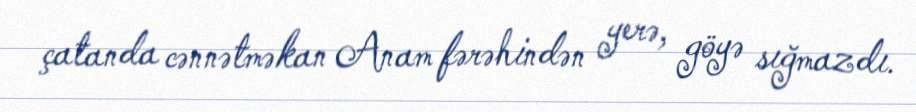
çatanda cənnətməkan Anam fərəhindən yerə, göyə sığmazdı.